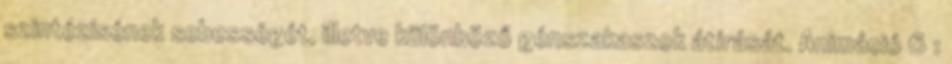
szintézisének sebességét, illetve különböző génszakaszok átírását. Animáció 6 :